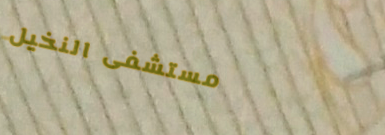
مستشفى النخيل